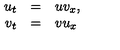
\begin{array} { r c l } { u _ { t } } & { = } & { u v _ { x } , } \\ { v _ { t } } & { = } & { v u _ { x } } \\ \end{array}